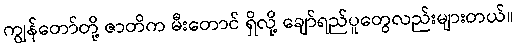
ကျွန်တော်တို့ ဇာတိက မီးတောင် ရှိလို့ ချော်ရည်ပူတွေလည်းများတယ်။